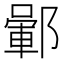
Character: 𨞎